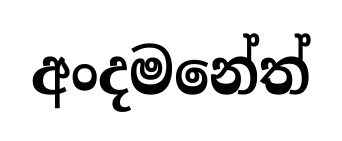
අංදමනේත්